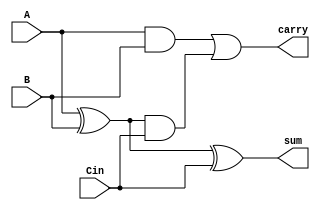
module full_adder(carry, sum , A,B,Cin);
input A,B,Cin;
output carry, sum;

wire w1,w2,w3;

xor G1(w1,A,B);
and G2(w2,A,B);
xor G3(sum,w1,Cin);
and G4(w3,w1,Cin);
or G5(carry,w2,w3);

endmodule